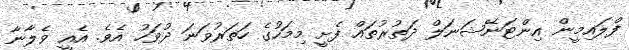
ފްލައިމީން އިންޓަނޭޝަނަލް ދަތުރުތައް ފެށީ މިމަހުގެ ހަތަރުވަނަ ދުވަހު އެވެ. އެއީ ވެލާނާ